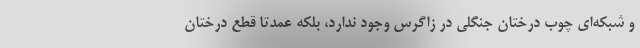
و شبکه‌ای چوب درختان جنگلی در زاگرس وجود ندارد، بلکه عمدتاً قطع درختان